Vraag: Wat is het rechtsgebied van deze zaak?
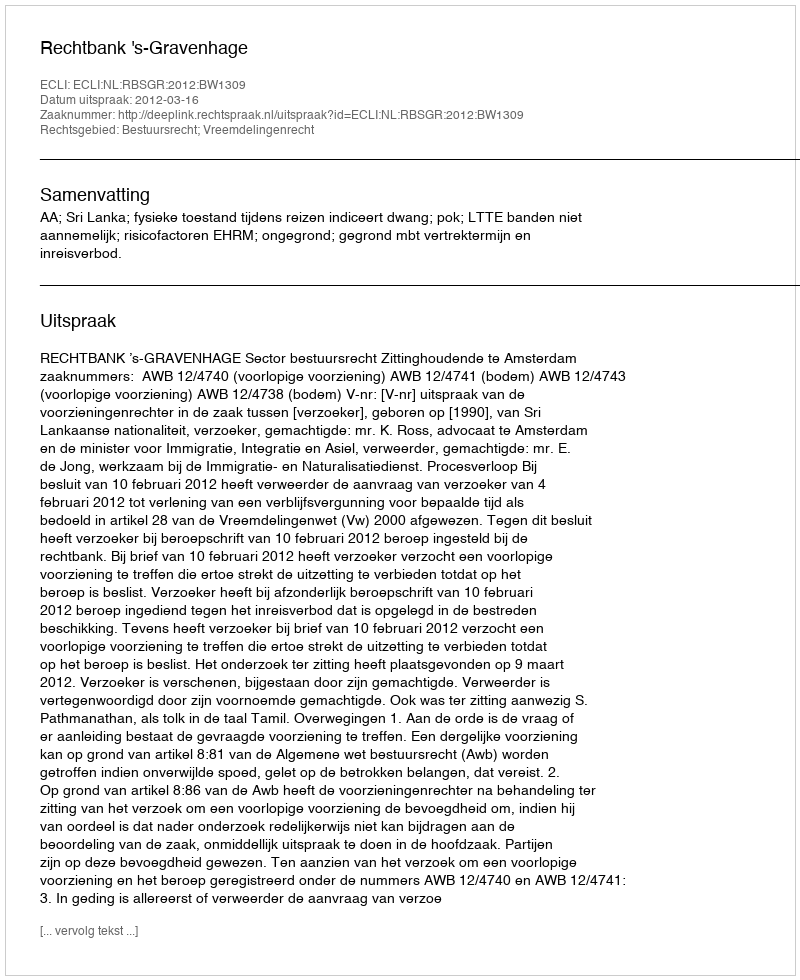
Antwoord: Bestuursrecht; Vreemdelingenrecht